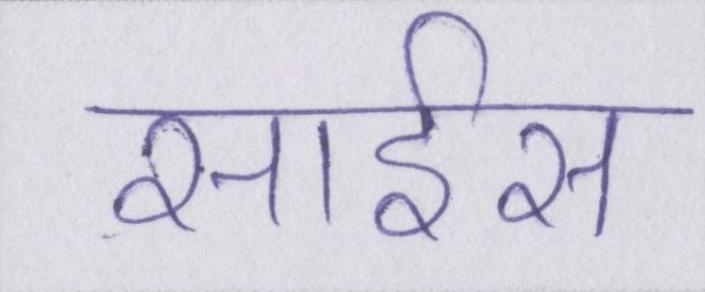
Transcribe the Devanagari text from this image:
साइंस